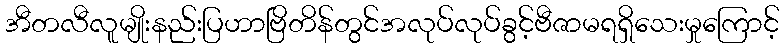
အီတလီလူမျိုးနည်းပြဟာဗြိတိန်တွင်အလုပ်လုပ်ခွင့်ဗီဇာမရရှိသေးမှုကြောင့်